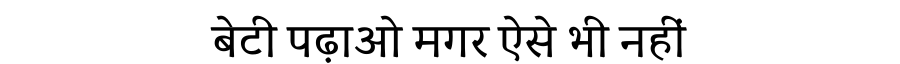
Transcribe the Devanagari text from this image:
बेटी पढ़ाओ मगर ऐसे भी नहीं